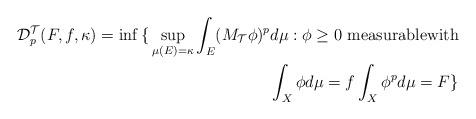
LaTeX: \begin{align*}\mathcal{D}_{p}^{\mathcal{T}}(F,f,\kappa)=\inf{\huge \{}\sup_{\mu(E)=\kappa}\int_{E}(M_{\mathcal{T}}\phi)^{p}d\mu:\phi\geq0\text{ measurablewith}\\\int_{X}\phi d\mu=f\int_{X}\phi^{p}d\mu=F{\huge \}}\end{align*}